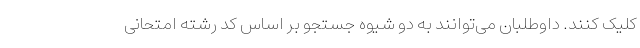
کلیک کنند. داوطلبان می‌توانند به دو شیوه جستجو بر اساس کد رشته امتحانی